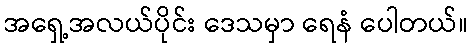
အရှေ့အလယ်ပိုင်း ဒေသမှာ ရေနံ ပေါတယ်။